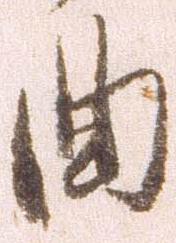
曲